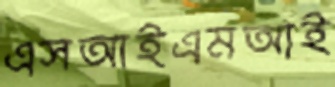
এসআইএমআই